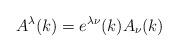
LaTeX: \begin{align*}A^\lambda (k)=e^{\lambda \nu }(k)A_\nu (k)\end{align*}